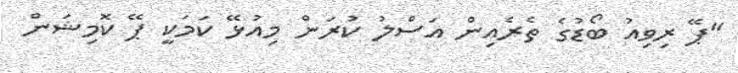
"ޕޭ ރިވިއު ބޯޑުގެ ތެރެއިން އަސްލު ކުރަން މިއުޅޭ ކަމަކީ ޕޭ ކޮމިޝަން